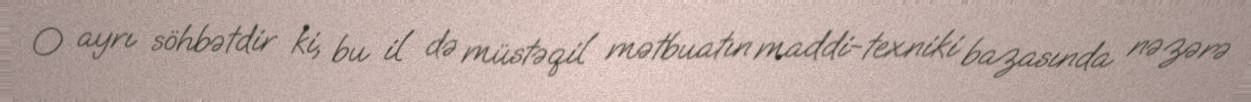
O ayrı söhbətdir ki, bu il də müstəqil mətbuatın maddi-texniki bazasında nəzərə